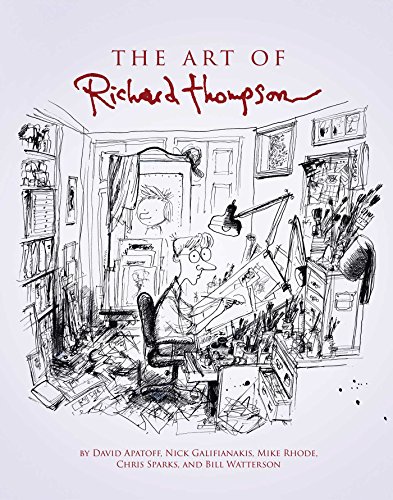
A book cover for The Art of Richard Thompson; Bill Watterson; Arts & Photography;